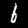
Digit: 6